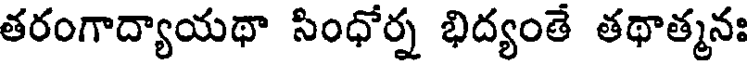
తరంగాద్యాయథా సింధోర్న భిద్యంతే తథాత్మనః